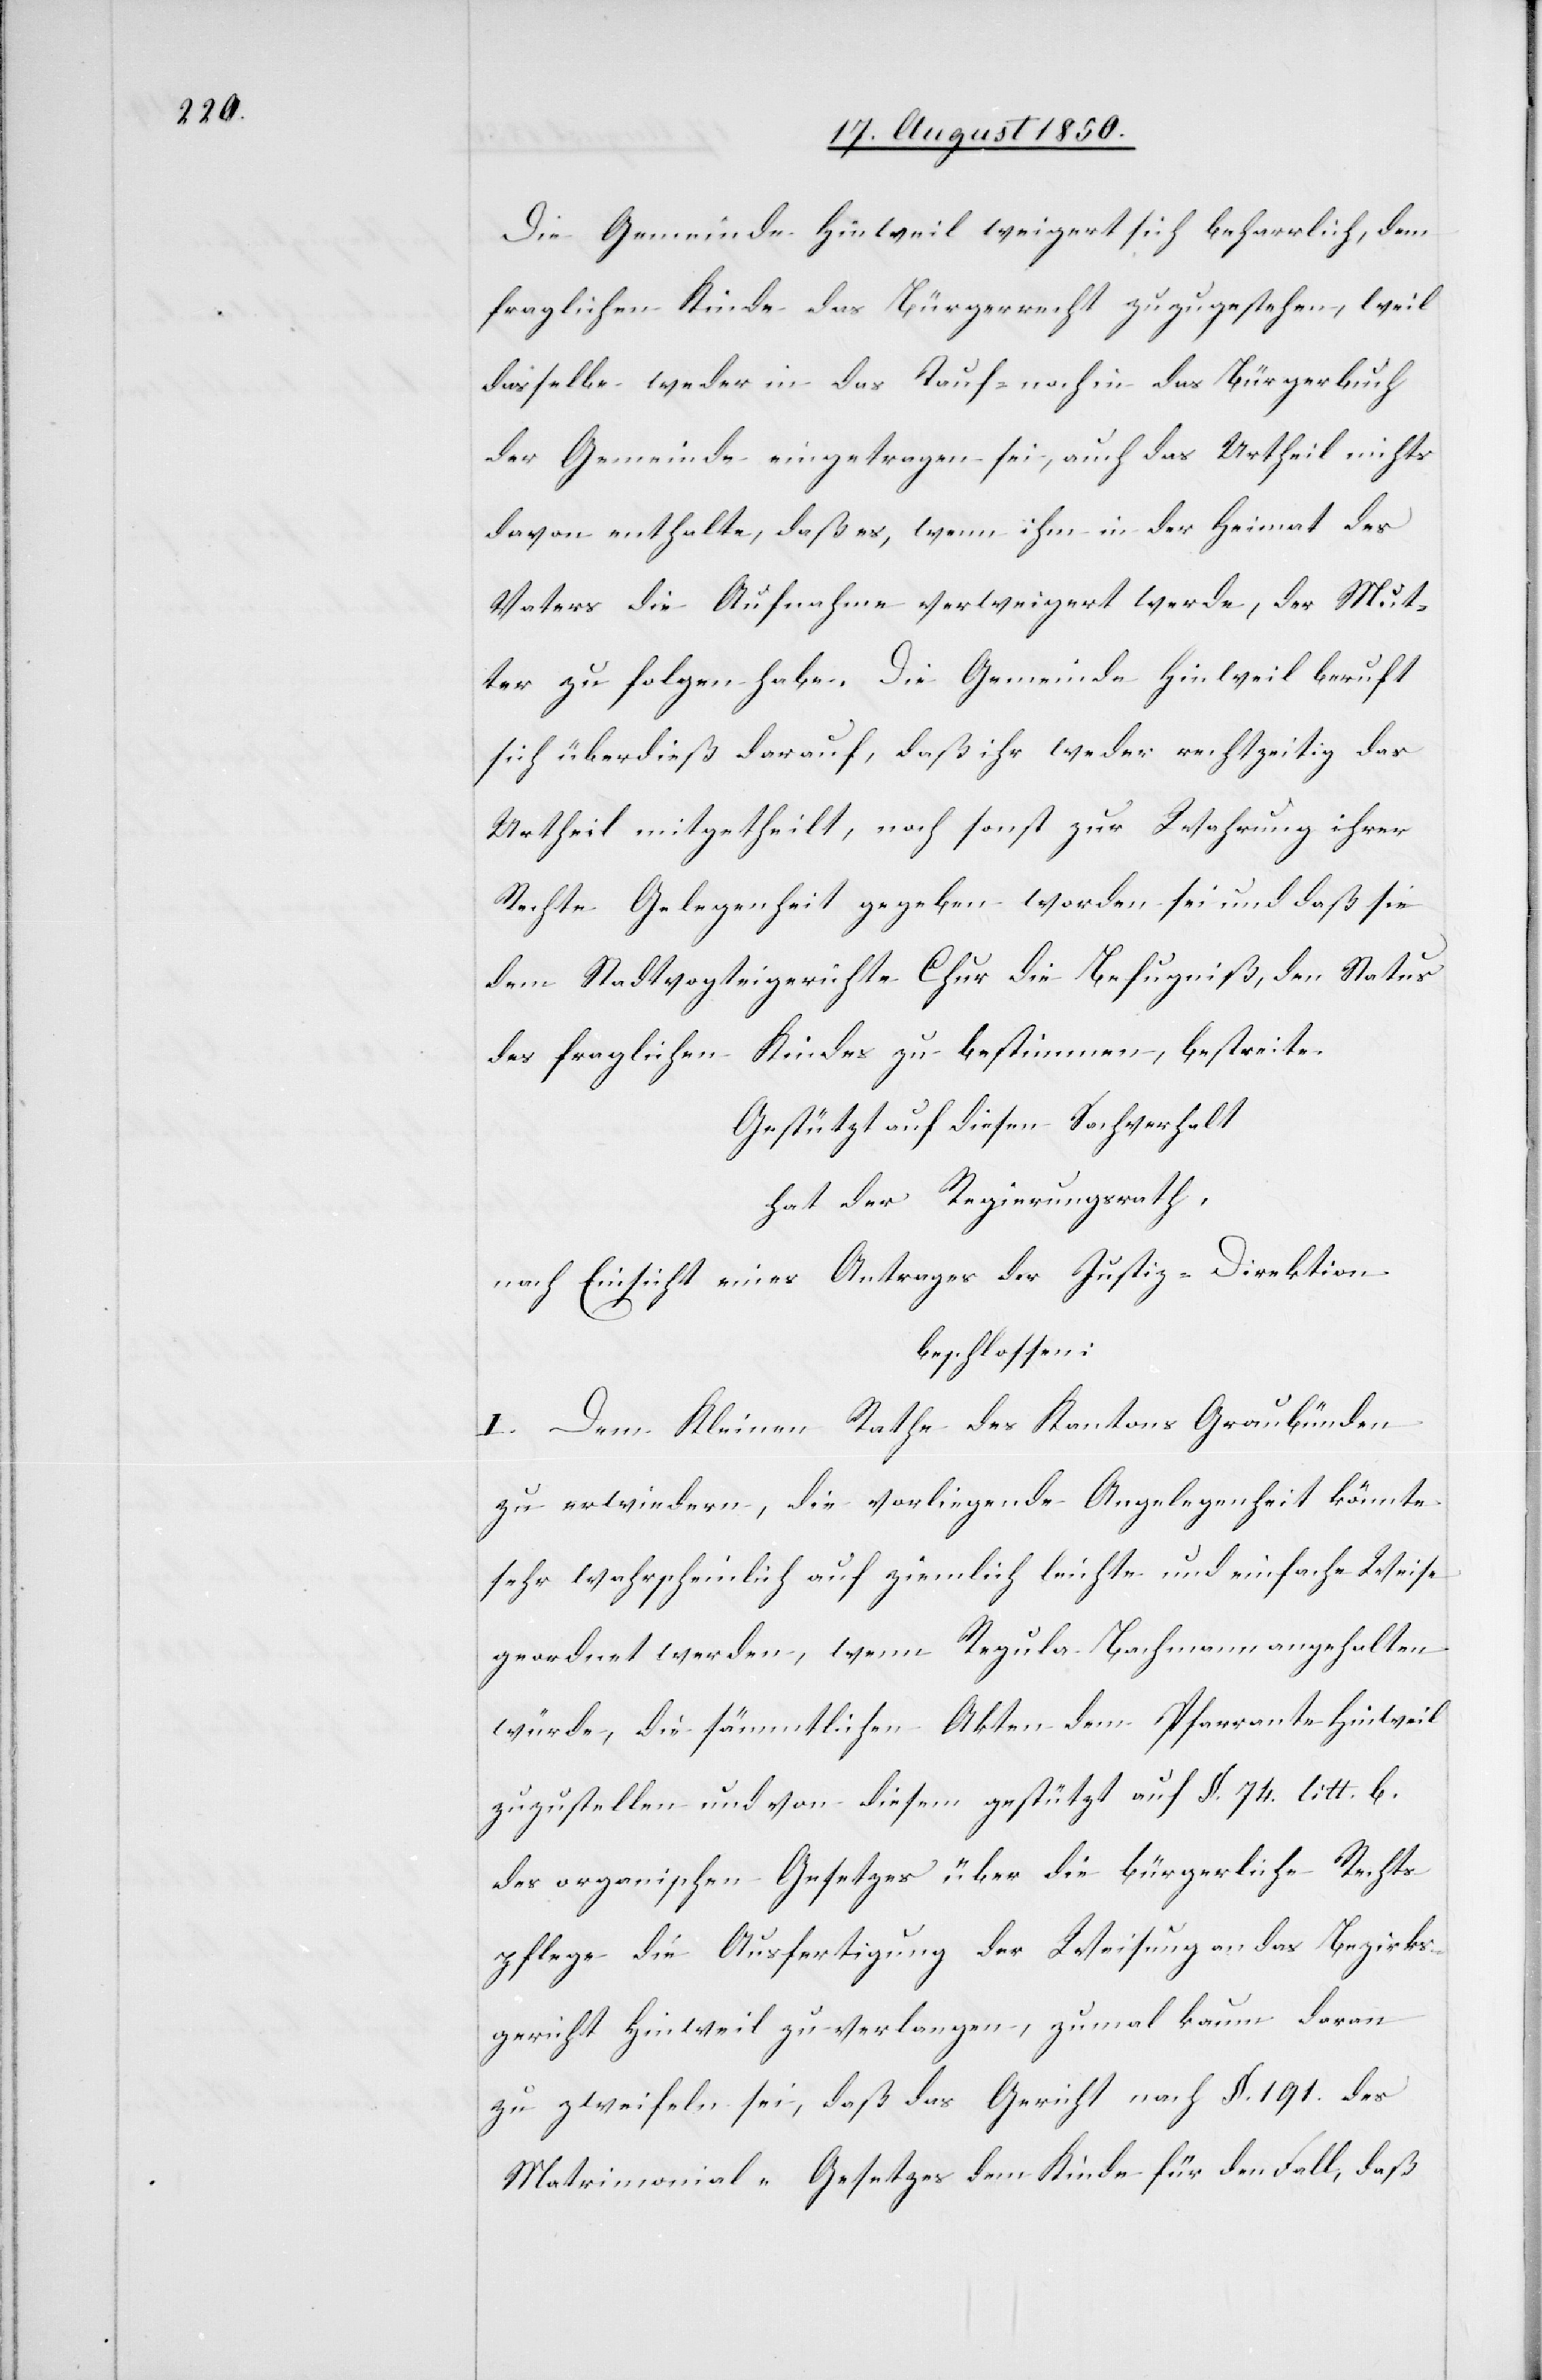
Die Gemeinde Hinweil weigert sich beharrlich, dem
fraglichen Kinde das Bürgerrecht zuzugestehen, weil
dasselbe weder in das Tauf- noch in das Bürgerbuch
der Gemeinde eingetragen sei, auch das Urtheil nichts
davon enthalte, daß es, wenn ihm in der Heimat des
Vaters die Aufnahme verweigert werde, der Mut¬
ter zu folgen habe. Die Gemeinde Hinweil beruft
sich überdieß darauf, daß ihr weder rechtzeitig das
Urtheil mitgetheilt, noch sonst zur Wahrung ihrer
Rechte Gelegenheit gegeben worden sei und daß sie
dem Stadtvogteigerichte Chur die Befugniß, den Status
des fraglichen Kindes zu bestimmen, bestreite.
Gestützt auf diesen Sachverhalt
hat der Regierungsrath,
nach Einsicht eines Antrages der Justiz-Direktion
beschlossen:
I. Dem Kleinen Rathe des Kantons Graubünden
zu erwiedern, die vorliegende Angelegenheit könnte
sehr wahrscheinlich auf ziemlich leichte und einfache Weise
geordnet werden, wenn Regula Bachmann angehalten
würde, die sämmtlichen Akten dem Pfarramte Hinweil
zuzustellen und von diesem gestützt auf §. 74. litt. b.
des organischen Gesetzes über die bürgerliche Rechts¬
pflege die Ausfertigung der Weisung an das Bezirks¬
gericht Hinweil zu verlangen, zumal kaum daran
zu zweifeln sei, daß das Gericht nach §. 191. des
Matrimonial-Gesetzes dem Kinde für den Fall, daß